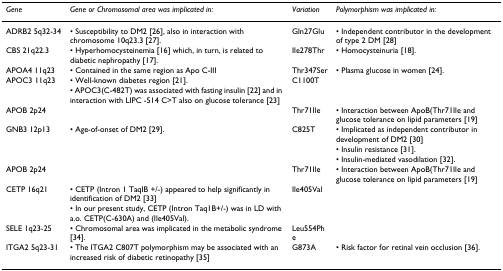
<table><thead><tr><td><b><i>Gene</i></b></td><td><b><i>Gene or Chromosomal area was implicated in:</i></b></td><td><b><i>Variation</i></b></td><td><b><i>Polymorphism was implicated in:</i></b></td></tr></thead><tbody><tr><td>ADRB2 5q32-34</td><td>• Susceptibility to DM2 [26], also in interaction with chromosome 10q23.3 [27].</td><td>Gln27Glu</td><td>• Independent contributor in the development of type 2 DM [28]</td></tr><tr><td>CBS 21q22.3</td><td>• Hyperhomocysteinemia [16] which, in turn, is related to diabetic nephropathy [17].</td><td>Ile278Thr</td><td>• Homocysteinuria [18].</td></tr><tr><td>APOA4 11q23</td><td>• Contained in the same region as Apo C-III</td><td>Thr347Ser</td><td>• Plasma glucose in women [24].</td></tr><tr><td>APOC3 11q23</td><td>• Well-known diabetes region [21].</td><td>C1100T</td><td></td></tr><tr><td></td><td>• APOC3(C-482T) was associated with fasting insulin [22] and in interaction with LIPC -514 C&gt;T also on glucose tolerance [23]</td><td></td><td></td></tr><tr><td>APOB 2p24</td><td></td><td>Thr71Ile</td><td>• Interaction between ApoB(Thr71Ile and glucose tolerance on lipid parameters [19]</td></tr><tr><td>GNB3 12p13</td><td>• Age-of-onset of DM2 [29].</td><td>C825T</td><td>• Implicated as independent contributor in development of DM2 [30]</td></tr><tr><td></td><td></td><td></td><td>• Insulin resistance [31].</td></tr><tr><td></td><td></td><td></td><td>• Insulin-mediated vasodilation [32].</td></tr><tr><td>APOB 2p24</td><td></td><td>Thr71Ile</td><td>• Interaction between ApoB(Thr71Ile and glucose tolerance on lipid parameters [19]</td></tr><tr><td>CETP 16q21</td><td>• CETP (Intron 1 TaqIB +/-) appeared to help significantly in identification of DM2 [33]</td><td>Ile405Val</td><td></td></tr><tr><td></td><td>• In our present study, CETP (Intron Taq1B+/-) was in LD with a.o. CETP(C-630A) and (Ile405Val).</td><td></td><td></td></tr><tr><td>SELE 1q23-25</td><td>• Chromosomal area was implicated in the metabolic syndrome [34].</td><td>Leu554Phe</td><td></td></tr><tr><td>ITGA2 5q23-31</td><td>• The ITGA2 C807T polymorphism may be associated with an increased risk of diabetic retinopathy [35]</td><td>G873A</td><td>• Risk factor for retinal vein occlusion [36].</td></tr></tbody></table>